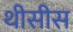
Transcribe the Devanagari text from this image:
थीसीस